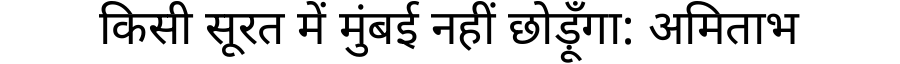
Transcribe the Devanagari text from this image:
किसी सूरत में मुंबई नहीं छोड़ूँगा: अमिताभ